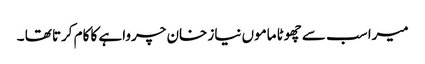
میرا سب سے چھوٹا ماموں نیاز خان چرواہے کا کام کرتا تھا ۔